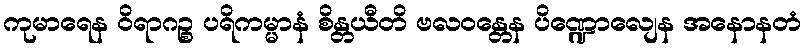
ကုမာရေန ဝိရာဂဉ္စ ပရိကမ္မာနံ စိန္တယီတိ ဗလဝန္တေန ပိဏ္ဍောလျေန အနောနတံ